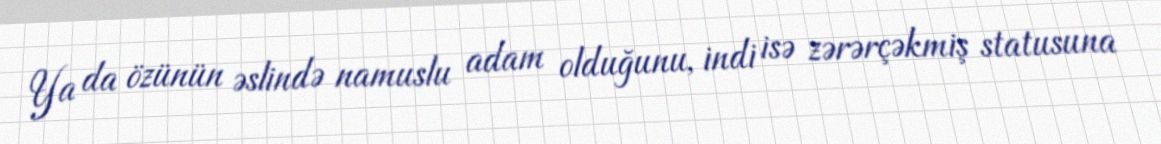
Ya da özünün əslində namuslu adam olduğunu, indi isə zərərçəkmiş statusuna